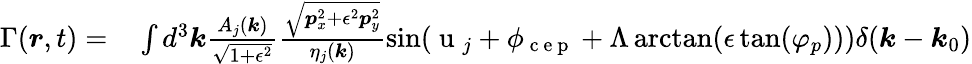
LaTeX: \begin{array}{rl}{\Gamma(\boldsymbol{r},t)=}&{{}\int d^{3}\boldsymbol{k}\frac{A_{j}(\boldsymbol{k})}{\sqrt{1+\epsilon^{2}}}\frac{\sqrt{\boldsymbol{p}_{x}^{2}+\epsilon^{2}\boldsymbol{p}_{y}^{2}}}{\eta_{j}(\boldsymbol{k})}\sin(\mathrm{~u~}_{j}+\phi_{\mathrm{~c~e~p~}}+\Lambda\arctan(\epsilon\tan(\varphi_{p})))\delta(\boldsymbol{k}-\boldsymbol{k}_{0})}\end{array}